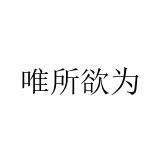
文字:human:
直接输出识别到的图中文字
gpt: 唯所欲为